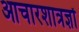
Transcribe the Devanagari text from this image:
आचारशात्रज्ञों